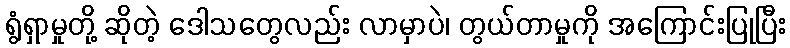
ရွံရှာမှုတို့ ဆိုတဲ့ ဒေါသတွေလည်း လာမှာပဲ၊ တွယ်တာမှုကို အကြောင်းပြုပြီး